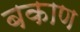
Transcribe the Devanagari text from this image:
बकाण